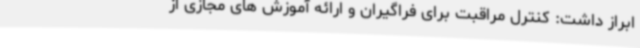
ابراز داشت: کنترل مراقبت برای فراگیران و ارائه آموزش های مجازی از